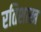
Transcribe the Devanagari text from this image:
रतिशास्त्र